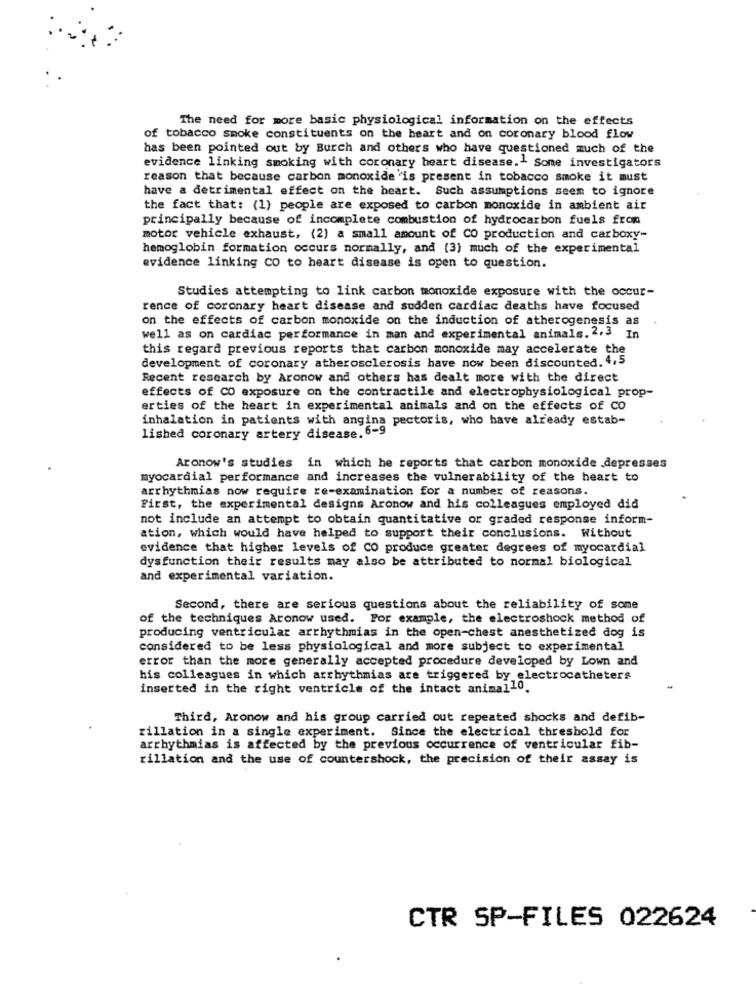
The need for more basic physiological information on the effects
of tobacco smoke constituents on the heart and on coronary blood flow
has been pointed out by Burch and others who have questioned much of the
evidence linking smoking with coronary heart disease .- Some investigators
reason that because carbon monoxide 'is present in tobacco smoke it must
have a detrimental effect on the heart. Such assumptions seem to ignore
the fact that: (1) people are exposed to carbon monoxide in ambient air
principally because of incomplete combustion of hydrocarbon fuels from
motor vehicle exhaust, (2) a small amount of CO production and carboxy-
hemoglobin formation occurs normally, and (3) much of the experimental
evidence linking CO to heart disease is open to question.
Studies attempting to link carbon monoxide exposure with the occur-
rence of coronary heart disease and sudden cardiac deaths have focused
on the effects of carbon monoxide on the induction of atherogenesis as
well as on cardiac performance in man and experimental animals.2.3 In
this regard previous reports that carbon monoxide may accelerate the
development of coronary atherosclerosis have now been discounted. 4.5
Recent research by Aronow and others has dealt more with the direct
effects of CO exposure on the contractile and electrophysiological prop-
erties of the heart in experimental animals and on the effects of Co
inhalation in patients with angina pectoris, who have already estab-
lished coronary artery disease. 6-9
Aronow's studies in which he reports that carbon monoxide depresses
myocardial performance and increases the vulnerability of the heart to
arrhythmias now require re-examination for a number of reasons.
First, the experimental designs Aronow and his colleagues employed did
not include an attempt to obtain quantitative or graded response inform-
ation, which would have helped to support their conclusions. Without
evidence that higher levels of CO produce greater degrees of myocardial
dysfunction their results may also be attributed to normal biological
and experimental variation.
Second, there are serious questions about the reliability of some
of the techniques Aronow used. For example, the electroshock method of
producing ventricular arrhythmias in the open-chest anesthetized dog is
considered to be less physiological and more subject to experimental
error than the more generally accepted procedure developed by Lown and
his colleagues in which arrhythmias are triggered by electrocatheters
inserted in the right ventricle of the intact animal10.
Third, Aronow and his group carried out repeated shocks and defib-
rillation in a single experiment. Since the electrical threshold for
arrhythmias is affected by the previous occurrence of ventricular fib-
rillation and the use of countershock, the precision of their assay is
CTR SP-FILES 022624